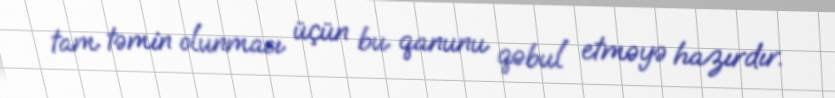
tam təmin olunması üçün bu qanunu qəbul etməyə hazırdır.